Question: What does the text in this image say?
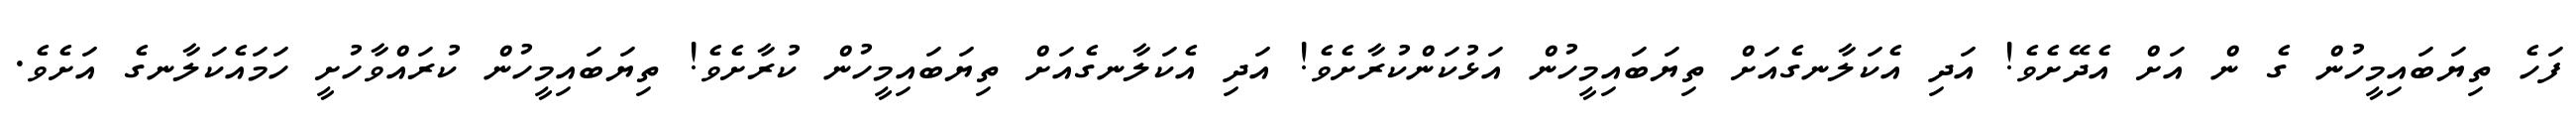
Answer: ފަހެ ތިޔަބައިމީހުން ގެ ން އަށް އެދޭށެވެ! އަދި އެކަލާނގެއަށް ތިޔަބައިމީހުން އަޅުކަންކުރާށެވެ! އަދި އެކަލާނގެއަށް ތިޔަބައިމީހުން ކުރާށެވެ! ތިޔަބައިމީހުން ކުރައްވާހުށީ ހަމައެކަލާނގެ އަށެވެ.